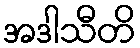
အဒါသီတိ